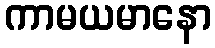
ကာမယမာနော